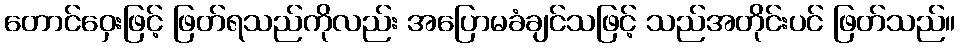
တောင်ဝှေးဖြင့် ဖြတ်ရသည်ကိုလည်း အပြောမခံချင်သဖြင့် သည်အတိုင်းပင် ဖြတ်သည်။